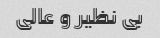
بی نظیر و عالی